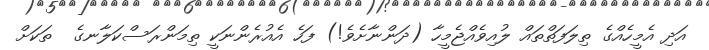
އަދި އެމީހެއްގެ ތިލަފަތްތައް ލުއިވެއްޖެމީހާ (ދަންނާށެވެ!) ފަހެ އެއުރެންނަކީ ތިމަންރަސްކަލާނގެ  ތަކަށް